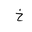
Letter: _kha